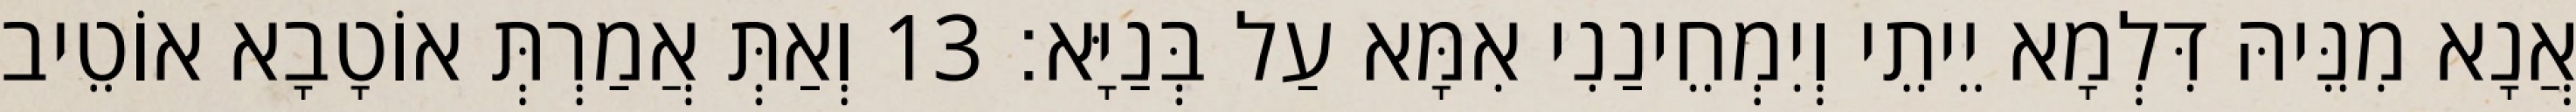
אֲנָא מִנֵּיהּ דִּלְמָא יֵיתֵי וְיִמְחֵינַנִי אִמָּא עַל בְּנַיָּא׃ 13 וְאַתְּ אֲמַרְתְּ אוֹטָבָא אוֹטֵיב